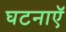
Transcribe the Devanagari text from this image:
घटनाएॅ